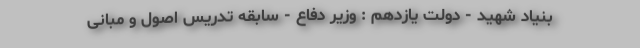
بنیاد شهید - دولت یازدهم : وزیر دفاع - سابقهٔ تدریس اصول و مبانی